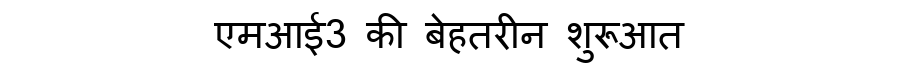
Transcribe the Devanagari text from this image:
एमआई3 की बेहतरीन शुरूआत